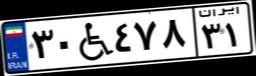
۳۰W۴۷۸۳۱